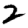
Digit: 2